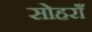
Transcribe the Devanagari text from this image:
सोहराँ